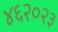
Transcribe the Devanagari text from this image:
४६२०२३